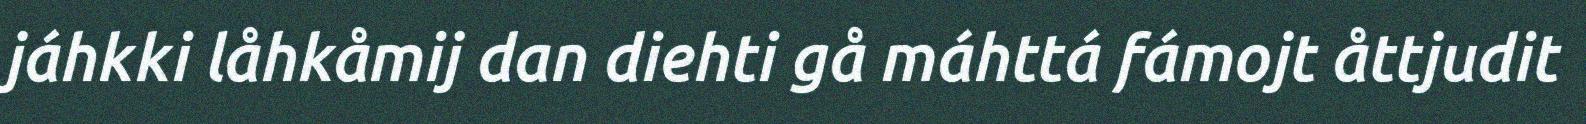
jáhkki låhkåmij dan diehti gå máhttá fámojt åttjudit